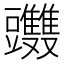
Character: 𧰤